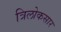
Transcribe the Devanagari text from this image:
त्रिलोकसार